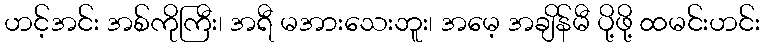
ဟင့်အင်း အစ်ကိုကြီး၊ အရီ မအားသေးဘူး၊ အမေ့ အချိန်မီ ပို့ဖို့ ထမင်းဟင်း